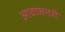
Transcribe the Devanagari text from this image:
आवाजतरी